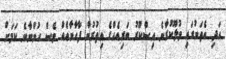
އަދި އެތަނުގައި ވުލޫކުރާނެ އިސްކޫރު ބަރިއެއްގެ އިތުރުން ފާހާނާއެއް ވެސް ހުންނާނެ ކަމަށް